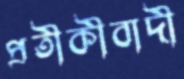
প্রতীকীবাদী